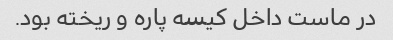
در ماست داخل کیسه پاره و ریخته بود.